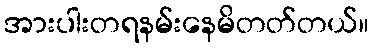
အားပါးတရနမ်းနေမိတတ်တယ်။